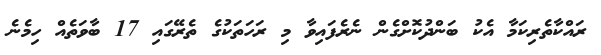
ރައްކާތެރިކަމާ އެކު ބަންދުކޮށްގެން ނެރެފައިވާ މި ރަހަތަކުގެ ތެރޭގައި 17 ބާވަތެއް ހިމެނެ